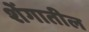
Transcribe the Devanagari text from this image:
शेंगातील